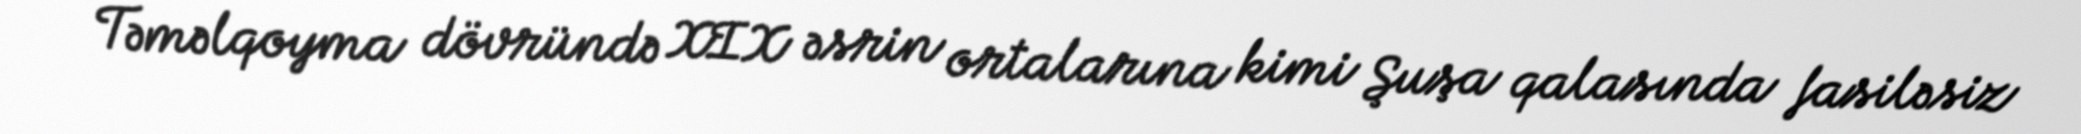
Təməlqoyma dövründə XIX əsrin ortalarına kimi Şuşa qalasında fasiləsiz